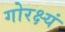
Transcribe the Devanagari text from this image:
गोरक्ष्यं